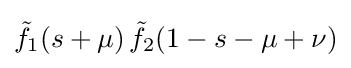
{\tilde {f}}_{1}(s+\mu )\,{\tilde {f}}_{2}(1-s-\mu +\nu )